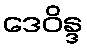
ဒေဝိန္ဒ